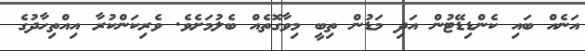
އަނެއް ބައި ކެންޑިޑޭޓުން އަދި މަޑުން ތިބީ މިވާގޮތެއް ބެލުމަށެވެ. ވެރިކަންކުރާ އިއްތިހާދުގެ